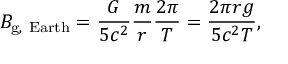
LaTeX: B _ { \mathrm { g , ~ E a r t h } } = { \frac { G } { 5 c ^ { 2 } } } { \frac { m } { r } } { \frac { 2 \pi } { T } } = { \frac { 2 \pi r g } { 5 c ^ { 2 } T } } ,